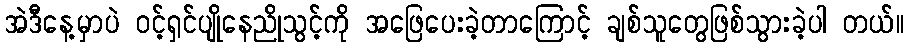
အဲဒီနေ့မှာပဲ ဝင့်ရှင်ပျိုနေညိုသွင့်ကို အဖြေပေးခဲ့တာကြောင့် ချစ်သူတွေဖြစ်သွားခဲ့ပါ တယ်။